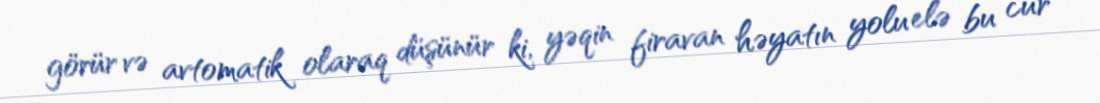
görür və avtomatik olaraq düşünür ki, yəqin firavan həyatın yolu elə bu cür